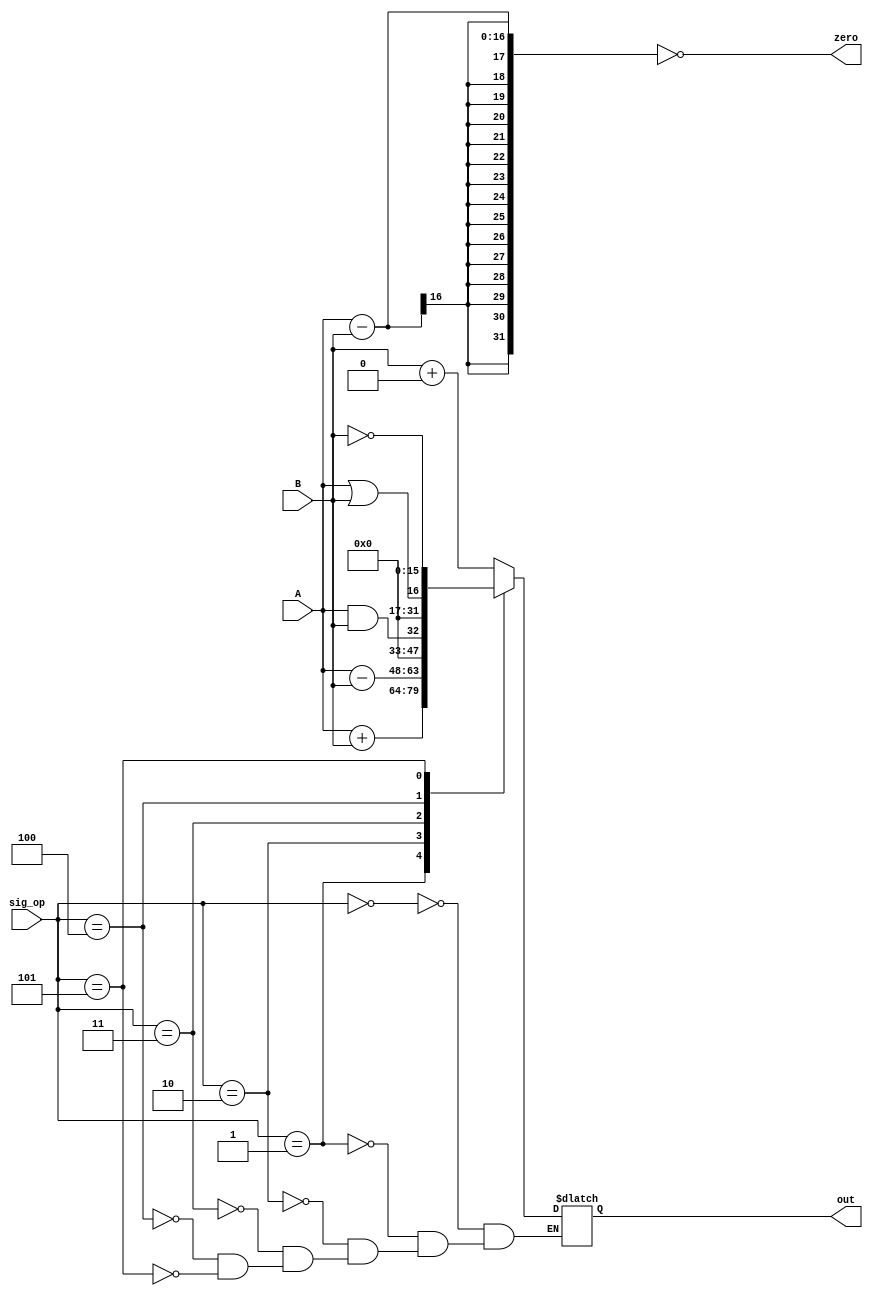
module ALU(input [15:0] A, B, input [2:0] sig_op, output zero, output reg [15:0] out);
  always @(sig_op, A, B)
  case (sig_op)
    0 : out <= B + 16'b0;
    1 : out <= A + B;
    2 : out <= A - B;
    3 : out <= A && B;
    4 : out <= A || B;
    5 : out <= ~B;
    6 : out <= out;
    default : out <= out;
  endcase
  assign zero = ((A - B) == 0);
endmodule
    
// 8'b00000001
// 8'b00000010
// 8'b00000100
// 8'b00001000
// 8'b00010000
// 8'b00100000
// 8'b01000000